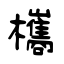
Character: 欈